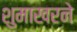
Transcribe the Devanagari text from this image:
शुमाखरने